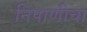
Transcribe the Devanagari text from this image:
निपाणीचा